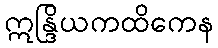
ဣန္ဒြိယကထိကေန